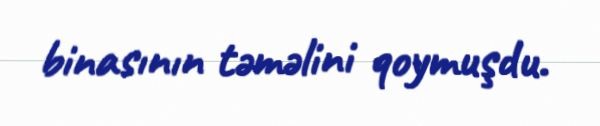
binasının təməlini qoymuşdu.